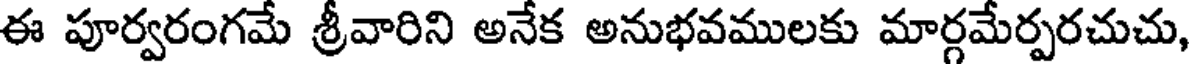
ఈ పూర్వరంగమే శ్రీవారిని అనేక అనుభవములకు మార్గమేర్పరచుచు,